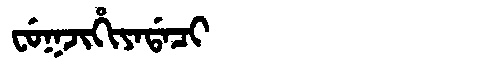
Manchu: ᠸᡠᡴᠵᡳᡥᡳᠶᠠᡩᠠᠴᡳ
Romanization: FUKJIHIYADACI